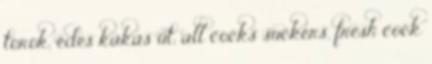
torok, édes kakas út, all cocks suckers, fresh cock